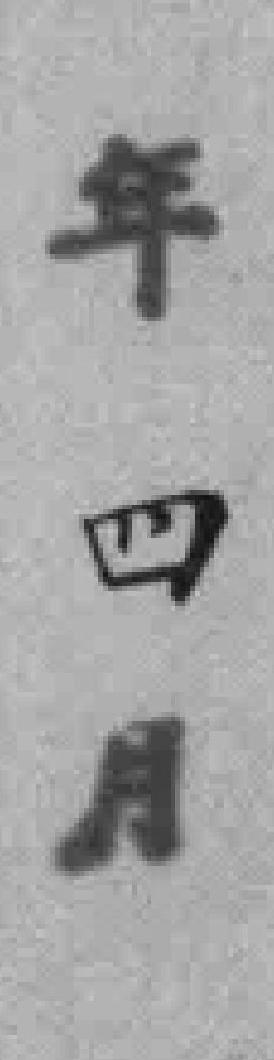
年四月